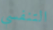
التنفسي